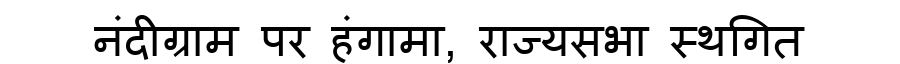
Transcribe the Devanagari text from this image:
नंदीग्राम पर हंगामा, राज्यसभा स्थगित